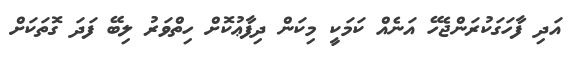
އަދި ފާހަގަކުރަންޖެހޭ އަނެއް ކަމަކީ މިކަން ދިފާޢުކޮށް ހިތްވަރު ލިބޭ ފަދަ ގޮތަކަށް